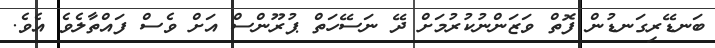
ބަނޑޭރިގަނޑުން ފޮތް ވަޒަންނުކުރުމަށް ދޭ ނަސޭހަތް ޕުރޫންސް އަށް ވެސް ފައްތާލެވެ އެވެ.